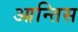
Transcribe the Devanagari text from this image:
आन्तिस